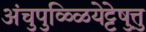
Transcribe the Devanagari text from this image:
अंचुपुळ्ळियेट्टेषु़त्तु